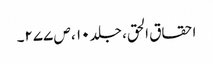
احقاق الحق، جلد ۱۰ ، ص ۲۷۷۔